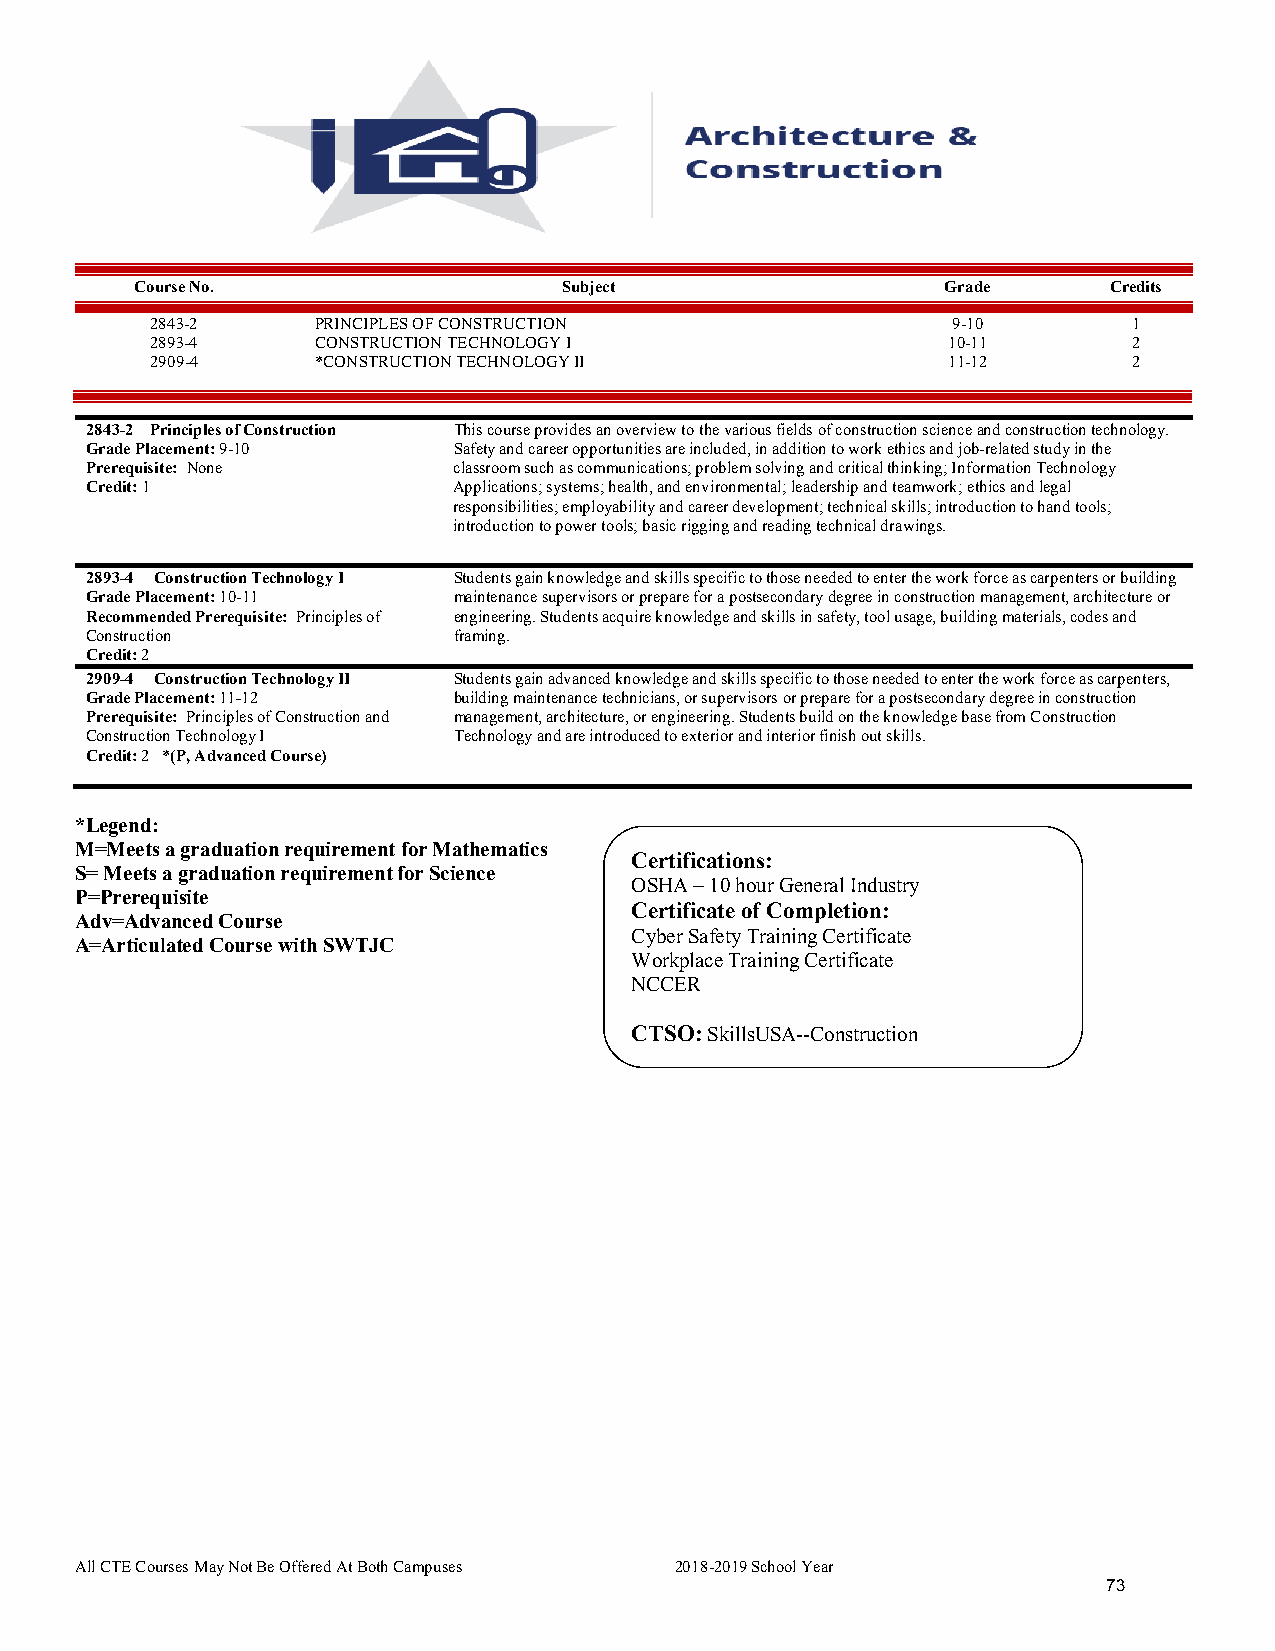
Course No.                  Subject                   Grade     Credits
 2843-2     PRINCIPLES OF CONSTRUCTION                9-10        1
 2893-4     CONSTRUCTION TECHNOLOGY I                 10-11       2
 2909-4     *CONSTRUCTION TECHNOLOGY II               11-12       2
 2843-2 Principles of Construction This course provides an overview to the various fields of construction science and construction technology.
 Grade Placement: 9-10   Safety and career opportunities are included, in addition to work ethics and job-related study in the
 Prerequisite: None      classroom such as communications; problem solving and critical thinking; Information Technology
 Credit: 1               Applications; systems; health, and environmental; leadership and teamwork; ethics and legal
 responsibilities; employability and career development; technical skills; introduction to hand tools;
 introduction to power tools; basic rigging and reading technical drawings.
 2893-4 Construction Technology I Students gain knowledge and skills specific to those needed to enter the work force as carpenters or building
 Grade Placement: 10-11  maintenance supervisors or prepare for a postsecondary degree in construction management, architecture or
 Recommended Prerequisite: Principles of engineering. Students acquire knowledge and skills in safety, tool usage, building materials, codes and
 Construction            framing.
 Credit: 2
 2909-4 Construction Technology II Students gain advanced knowledge and skills specific to those needed to enter the work force as carpenters,
 Grade Placement: 11-12  building maintenance technicians, or supervisors or prepare for a postsecondary degree in construction
 Prerequisite: Principles of Construction and management, architecture, or engineering. Students build on the knowledge base from Construction
 Construction Technology I Technology and are introduced to exterior and interior finish out skills.
 Credit: 2 *(P, Advanced Course)
 *Legend:
 M=Meets a graduation requirement for Mathematics
 Certifications:
 S= Meets a graduation requirement for Science
 OSHA – 10 hour General Industry
 P=Prerequisite
 Certificate of Completion:
 Adv=Advanced Course
 Cyber Safety Training Certificate
 A=Articulated Course with SWTJC
 Workplace Training Certificate
 NCCER
 CTSO: SkillsUSA--Construction
 All CTE Courses May Not Be Offered At Both Campuses 2018-2019 School Year
 73